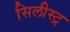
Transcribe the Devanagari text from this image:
सिलीस्ट्र